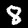
Label: 8